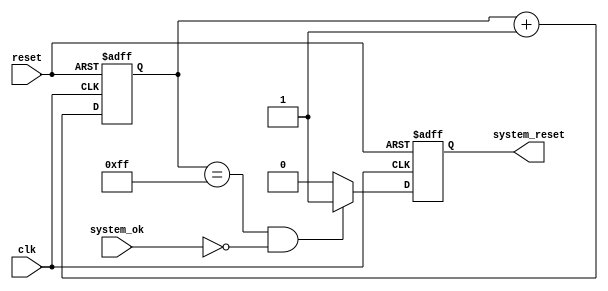
module Watchdog_timer (
    input clk,         // Clock input
    input reset,       // Reset input
    input system_ok,   // Signal indicating system is functioning properly
    output system_reset // System reset output
);

reg [7:0] counter;      // 8-bit counter for timing intervals

reg watchdog_triggered; // Flag to indicate Watchdog timer is triggered

// Initialize counter
always @(posedge clk or posedge reset) begin
    if (reset) begin
        counter <= 8'b0;
    end else begin
        counter <= counter + 1;
    end
end

// Check if Watchdog timer is triggered
always @(posedge clk or posedge reset) begin
    if (reset) begin
        watchdog_triggered <= 1'b0;
    end else begin
        if (counter == 8'b11111111 && system_ok == 1'b0) begin
            watchdog_triggered <= 1'b1;
        end else begin
            watchdog_triggered <= 1'b0;
        end
    end
end

// System reset logic
assign system_reset = watchdog_triggered;

endmodule